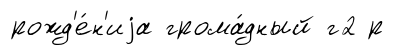
рожд'е́н'иjа грома́дный г2 р